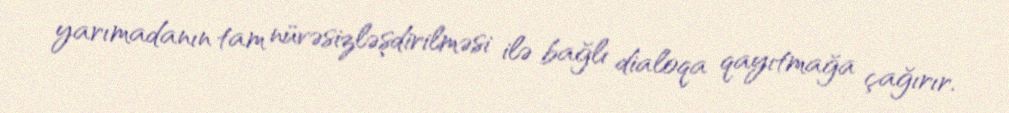
yarımadanın tam nüvəsizləşdirilməsi ilə bağlı dialoqa qayıtmağa çağırır.